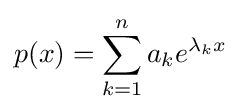
p(x)=\sum _{k=1}^{n}a_{k}e^{\lambda _{k}x}